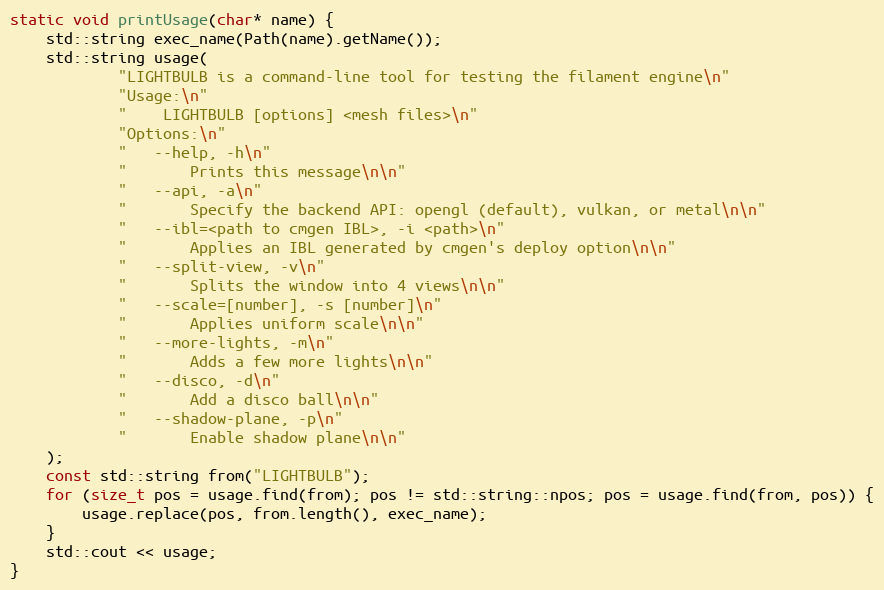
Language: C++
static void printUsage(char* name) {
    std::string exec_name(Path(name).getName());
    std::string usage(
            "LIGHTBULB is a command-line tool for testing the filament engine\n"
            "Usage:\n"
            "    LIGHTBULB [options] <mesh files>\n"
            "Options:\n"
            "   --help, -h\n"
            "       Prints this message\n\n"
            "   --api, -a\n"
            "       Specify the backend API: opengl (default), vulkan, or metal\n\n"
            "   --ibl=<path to cmgen IBL>, -i <path>\n"
            "       Applies an IBL generated by cmgen's deploy option\n\n"
            "   --split-view, -v\n"
            "       Splits the window into 4 views\n\n"
            "   --scale=[number], -s [number]\n"
            "       Applies uniform scale\n\n"
            "   --more-lights, -m\n"
            "       Adds a few more lights\n\n"
            "   --disco, -d\n"
            "       Add a disco ball\n\n"
            "   --shadow-plane, -p\n"
            "       Enable shadow plane\n\n"
    );
    const std::string from("LIGHTBULB");
    for (size_t pos = usage.find(from); pos != std::string::npos; pos = usage.find(from, pos)) {
        usage.replace(pos, from.length(), exec_name);
    }
    std::cout << usage;
}